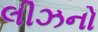
લીઝનો